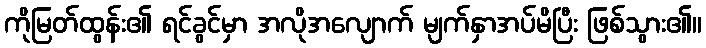
ကိုမြတ်ထွန်း၏ ရင်ခွင်မှာ အလိုအလျောက် မျက်နှာအပ်မိပြီး ဖြစ်သွား၏။